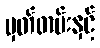
မှတ်တမ်းနှင့်